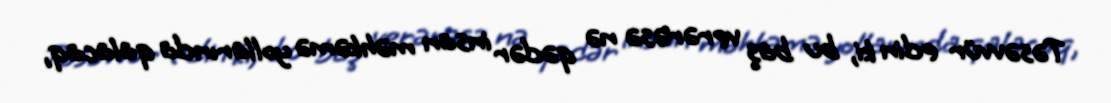
Təsəvvür edin ki, bu baş verərəsə nə qədər insan məhkəmə yollarında qalacaq,